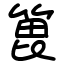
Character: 𫞾